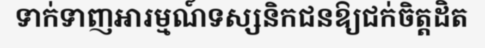
ទាក់ទាញអារម្មណ៍ទស្សនិកជនឱ្យជក់ចិត្តដិត